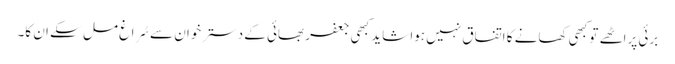
برئی پراٹھے تو کبھی کھانے کا اتفاق نہیں ہوا شاید کبھی جعفر بھائی کے دسترخوان سے سُراغ مل سکے ان کا۔